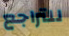
للتراجع